system: You are a helpful assistant.
user:
Analyze the provided spectrum to determine if it is a **"Cataclysmic Variables (CV)"**.

- **Key Indicators for CV (Check for either state):**
    - **State 1: Quiescent / Low-State (Emission-Dominated)**
        - **(Primary):** Strong and *very broad* Hydrogen Balmer emission lines (e.g., $H\alpha$ at 6563 Å, $H\beta$ at 4861 Å). The 'broadness' (high velocity dispersion, often FWHM > 1000 km/s) is the key diagnostic, indicating a high-velocity accretion disk.
        - **(Secondary):** Broad neutral Helium (He I) emission lines (e.g., 5876 Å, 6678 Å).
        - **(Key Confirmation):** Presence of high-excitation *ionized* Helium (He II) emission at 4686 Å. This is a strong indicator of accretion onto a white dwarf.
        - **(Line Profile):** Emission lines may exhibit a 'double-peaked' profile, which is a classic signature of a rotating accretion disk viewed at high inclination.

    - **State 2: Outburst / High-State (Absorption-Dominated)**
        - **(Primary):** Spectrum is dominated by a bright, blue continuum (looks like a hot star).
        - **(Secondary):** The emission lines from State 1 are weak, absent, or 'filled in', and are replaced by broad, shallow *absorption* lines (primarily Balmer and He I).
        - **(Morphology):** The overall spectrum mimics a hot B/A-type star. The crucial difference is that the absorption lines are significantly broader, shallower, and more 'washed-out' (or 'smeared') than the sharp lines of a normal stellar photosphere, due to high rotational speeds and pressure broadening in the disk.

Think first, call **spectral_visualization_tool** if needed to examine features in detail, then provide your final answer. Your response must adhere to the following strict rules:
1.  **Overall Structure:** Your response must follow the format `<think>...</think> <tool_call>...</tool_call> (if a tool is used) <answer>...</answer>`.
2.  **Tool Usage Constraint:** You may only make **one** tool call per turn.
3.  **Final Answer Format:** In the `<answer>` tag, your conclusion must be inside a `\boxed{}` command (e.g., `\boxed{YES}`), followed by your justification.

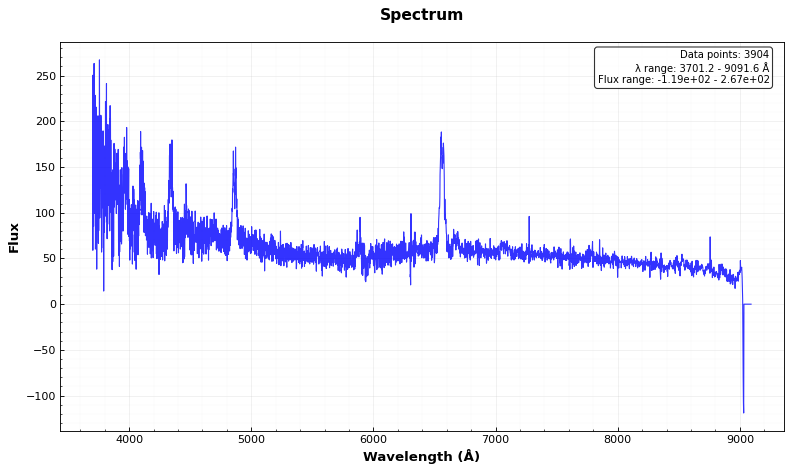
Answer: YES